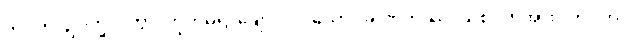
ကုပ္ပတိ၊ ဥပက္ခလိတွာ၊ တိုက်မိ၍ ချော်လဲလသော်။ ခါဏုကဿ၊ သစ်ငုတ်အား။ ကုပ္ပတိ၊